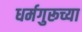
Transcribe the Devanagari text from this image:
धर्मगुरूच्या